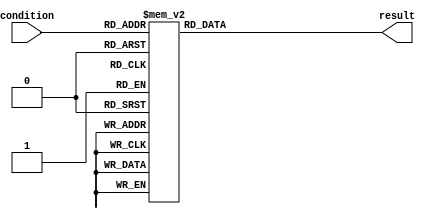
module parallel_case_statement (
    input wire [2:0] condition,
    output reg [3:0] result
);

always @(*)
begin
    case (condition)
        3'b000: result = 4'b0000;
        3'b001: result = 4'b0001;
        3'b010: result = 4'b0010;
        3'b011: result = 4'b0011;
        3'b100: result = 4'b0100;
        3'b101: result = 4'b0101;
        3'b110: result = 4'b0110;
        3'b111: result = 4'b0111;
    endcase
end

endmodule